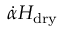
\dot { \alpha } H _ { \mathrm { d r y } }